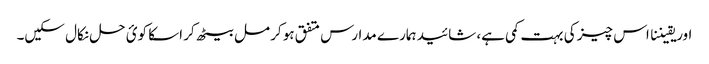
اور یقیننا اس چیز کی بہت کمی ہے، شائید ہمارے مدارس متفق ہو کر مل بیٹھ کر اسکا کوئ حل نکال سکیں۔